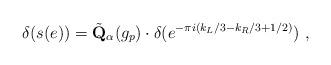
LaTeX: \begin{align*} \delta(s(e)) = \tilde{\mathbf{Q}}_{\alpha}(g_p) \cdot\delta (e^{-\pi i(k_L/3-k_R/3+1/2)}) \ ,\end{align*}